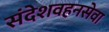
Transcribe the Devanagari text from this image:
संदेशवहनसेवा